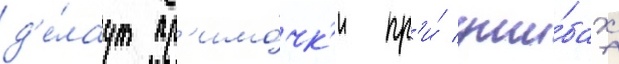
д'е́лаут пр'имо́чк'и пр'и́ уши́бах